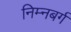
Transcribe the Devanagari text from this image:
निम्नबर्ग